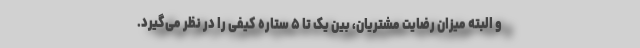
و البته میزان رضایت مشتریان، بین یک تا ۵ ستاره کیفی را در نظر می‌گیرد.